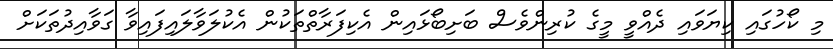
މި ކޯހުގައި ކިޔަވައި ދެއްވީ މީގެ ކުރިންވެސް ބަށިބޯޅައިން އެކިފަރާތްތަކުން އެކުލަވާލައިފައިވާ ގަވާއިދުތަކަށް